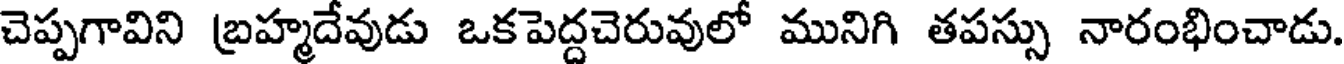
చెప్పగావిని బ్రహ్మదేవుడు ఒకపెద్దచెరువులో మునిగి తపస్సు నారంభించాడు.